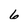
Character: 6